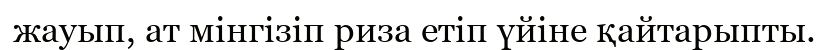
жауып, ат мінгізіп риза етіп үйіне қайтарыпты.